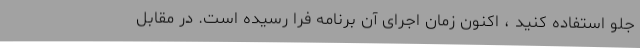
جلو استفاده کنید ، اکنون زمان اجرای آن برنامه فرا رسیده است. در مقابل